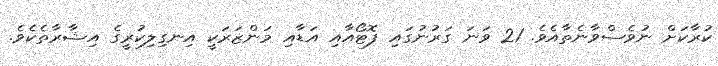
ކުރާކަށް ނުވެސްވާނެތާއެވެ. 21 ވަނަ ގަރުނުގައި ފޮޓޯއާއި އަޑާއި މަންޒަރަކީ އިނގިލިކުރީގެ އިޝާރާތެކެވެ.